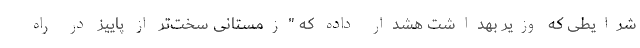
شرایطی که وزیر بهداشت هشدار داده که "زمستانی سخت‌تر از پاییز در راه